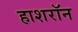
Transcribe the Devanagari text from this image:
हाशरॉन